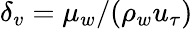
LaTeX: \delta_{v}=\mu_{w}/(\rho_{w}u_{\tau})